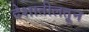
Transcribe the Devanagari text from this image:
देशातीलतून